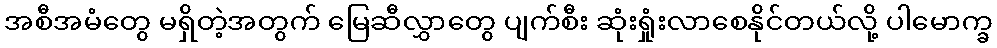
အစီအမံတွေ မရှိတဲ့အတွက် မြေဆီလွှာတွေ ပျက်စီး ဆုံးရှုံးလာစေနိုင်တယ်လို့ ပါမောက္ခ